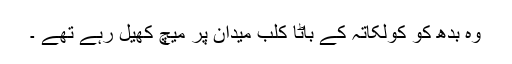
وہ بدھ کو کولکاتہ کے باٹا کلب میدان پر میچ کھیل رہے تھے ۔